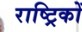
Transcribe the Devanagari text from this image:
राष्ट्रिकों